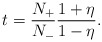
\begin{align*}t=\frac{N_{+}}{N_{-}}\frac{1+\eta}{1-\eta}.\end{align*}